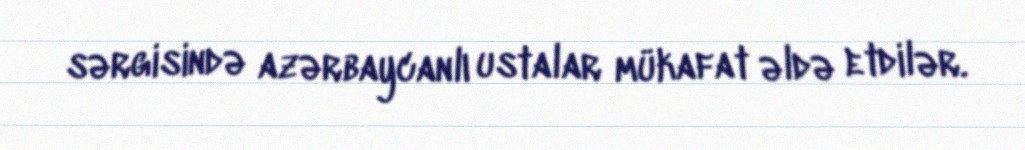
sərgisində azərbaycanlı ustalar mükafat əldə etdilər.